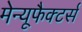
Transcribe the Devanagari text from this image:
मेन्यूफैक्टर्स